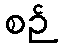
စဉ်